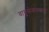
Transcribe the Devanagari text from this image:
वायुसेनानगरात